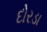
દોરડા